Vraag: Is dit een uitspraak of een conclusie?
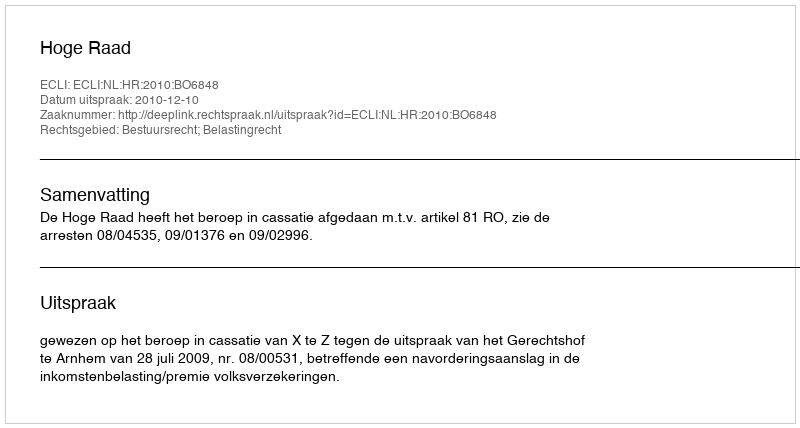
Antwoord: Uitspraak